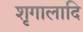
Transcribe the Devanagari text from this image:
शृगालादि